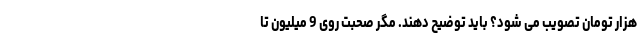
هزار تومان تصویب می شود؟ باید توضیح دهند. مگر صحبت روی 9 میلیون تا